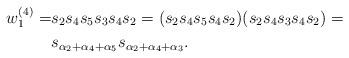
LaTeX: \begin{align*} w^{(4)}_1 = & s_2 s_4 s_5 s_3 s_4 s_2 = (s_2s_4s_5 s_4s_2)(s_2s_4s_3 s_4s_2) = \\ & s_{\alpha_2 + \alpha_4 + \alpha_5} s_{\alpha_2 + \alpha_4 + \alpha_3}. \end{align*}